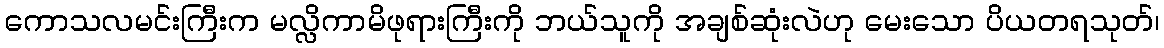
ကောသလမင်းကြီးက မလ္လိကာမိဖုရားကြီးကို ဘယ်သူကို အချစ်ဆုံးလဲဟု မေးသော ပိယတရသုတ်၊